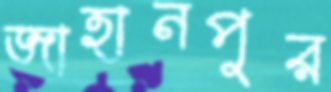
জাহানপুর